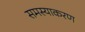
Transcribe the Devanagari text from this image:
समस्याकरण